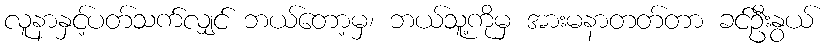
လူနာနှင့်ပတ်သက်လျှင် ဘယ်တော့မှ၊ ဘယ်သူ့ကိုမှ အားမနာတတ်တာ ခင်ဦးနွယ်